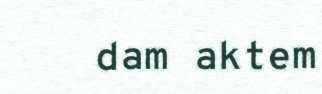
dam aktem